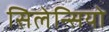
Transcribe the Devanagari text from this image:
सिलेन्सियो